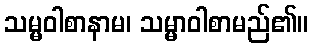
သမ္မဝါစာနာမ၊ သမ္မာဝါစာမည်၏။